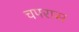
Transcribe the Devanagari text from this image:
चपरास